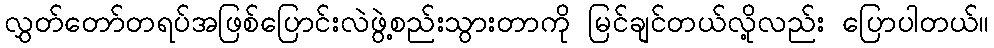
လွှတ်တော်တရပ်အဖြစ်ပြောင်းလဲဖွဲ့စည်းသွားတာကို မြင်ချင်တယ်လို့လည်း ပြောပါတယ်။